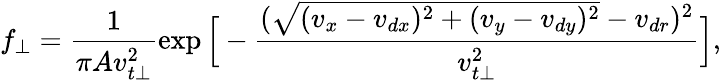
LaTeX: f_{\perp}=\frac{1}{\pi Av_{t\perp}^{2}}\exp\Big[-\frac{(\sqrt{(v_{x}-v_{dx})^{2}+(v_{y}-v_{dy})^{2}}-v_{dr})^{2}}{v_{t\perp}^{2}}\Big],